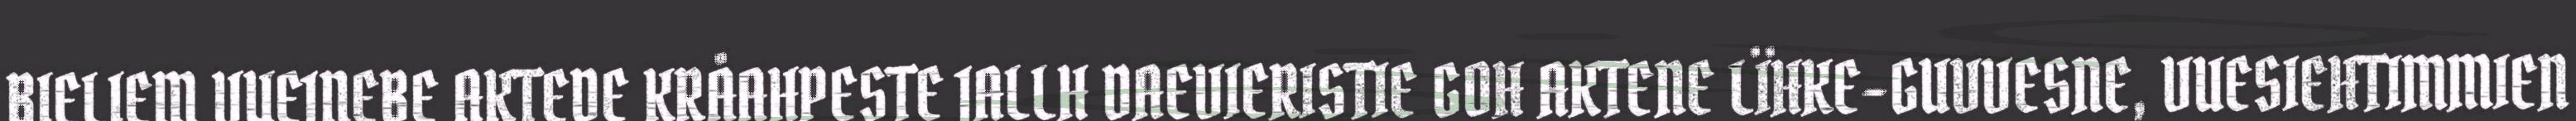
BIELIEM VUEJNEBE AKTEDE KRÅAHPESTE JALLH DAEVIERISTIE GOH AKTENE LÏHKE-GUVVESNE, VUESIEHTIMMIEN